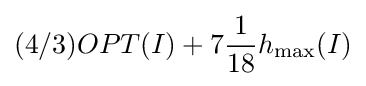
(4/3)OPT(I)+7{\frac {1}{18}}h_{\max }(I)